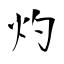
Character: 灼